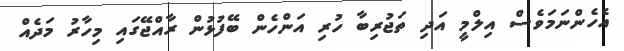
އެހެންނަމަވެސް އިލްމީ އަދި ތަޖުރިބާ ހުރި އަންހެން ބޭފުޅުން ރާއްޖޭގައި މިހާރު މަދެއް